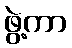
ဖွဲ့ကာ